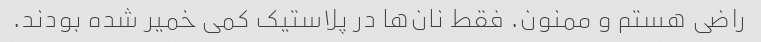
راضی هستم و ممنون. فقط نان‌ها در پلاستیک کمی خمیر شده بودند.